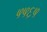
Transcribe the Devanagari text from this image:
५५६५